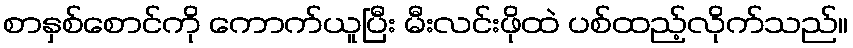
စာနှစ်စောင်ကို ကောက်ယူပြီး မီးလင်းဖိုထဲ ပစ်ထည့်လိုက်သည်။